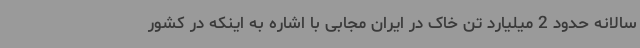
سالانه حدود 2 میلیارد تن خاک در ایران مجابی با اشاره به اینکه در کشور